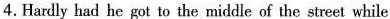
he saw a car suddenly come directly towards him.